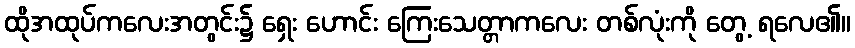
ထိုအထုပ်ကလေးအတွင်း၌ ရှေး ဟောင်း ကြေးသေတ္တာကလေး တစ်လုံးကို တွေ့ ရလေ၏။